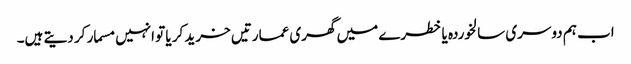
اب ہم دوسری سالخوردہ یا خطرے میں گھری عمارتیں خرید کر یا تو انہیں مسمار کر دیتے ہیں۔